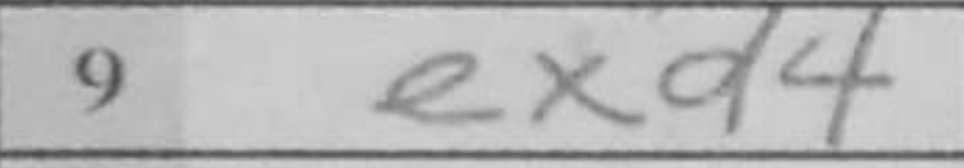
Transcription: exd4